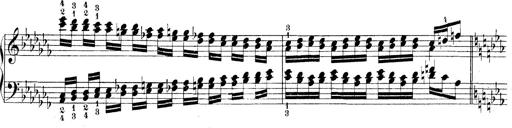
Title: Technische Studien
Composer: Franz Liszt